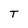
Character: T